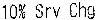
10% SRV CHG